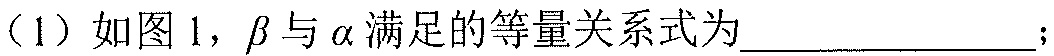
（1）如图 1，\(\beta\)与\(\alpha\)满足的等量关系式为________________；